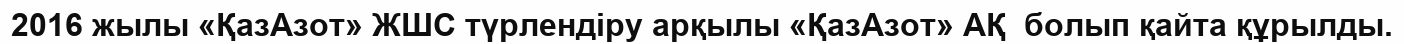
2016 жылы «ҚазАзот» ЖШС түрлендіру арқылы «ҚазАзот» АҚ  болып қайта құрылды.